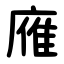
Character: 䧹